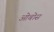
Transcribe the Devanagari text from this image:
ओबोस